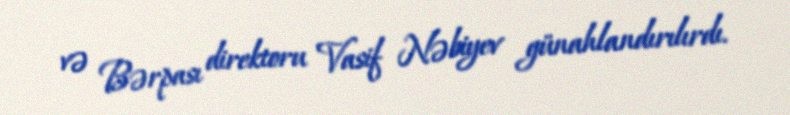
və Bərpası direktoru Vasif Nəbiyev günahlandırılırdı.